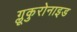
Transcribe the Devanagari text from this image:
ग्लूकुरोनाइड